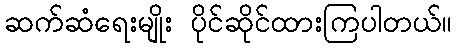
ဆက်ဆံရေးမျိုး ပိုင်ဆိုင်ထားကြပါတယ်။